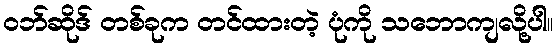
ဝဘ်ဆိုဒ် တစ်ခုက တင်ထားတဲ့ ပုံကို သဘောကျလို့ပါ။